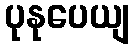
ပုနုပေယျ